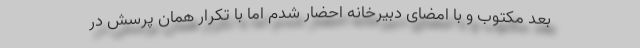
بعد مکتوب و با امضای دبیرخانه احضار شدم اما با تکرار همان پرسش در